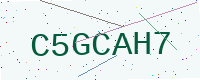
Text: C5GCAH7